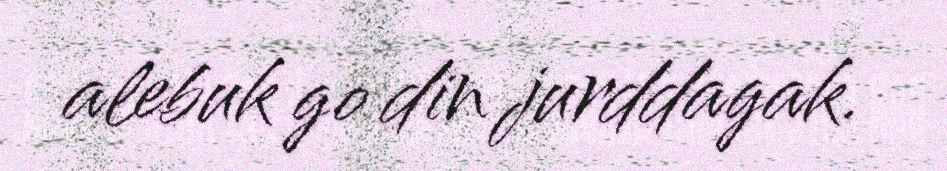
alebuk go din jurddagak.